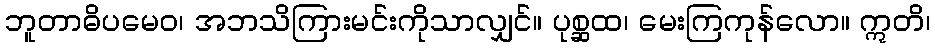
ဘူတာဓိပမေဝ၊ အဘသိကြားမင်းကိုသာလျှင်။ ပုစ္ဆထ၊ မေးကြကုန်လော။ ဣတိ၊